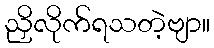
ညှိလိုက်ရသတဲ့ဗျာ။